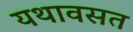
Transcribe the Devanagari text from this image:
यथावसत